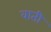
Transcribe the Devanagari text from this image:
वाती